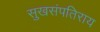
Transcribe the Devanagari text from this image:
सुखसंपतिराय